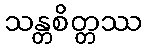
သန္တစိတ္တဿ